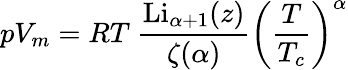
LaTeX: pV_{m}=RT~{\frac{{\mathrm{Li}}_{\alpha+1}(z)}{\zeta(\alpha)}}\left({\frac{T}{T_{c}}}\right)^{\alpha}